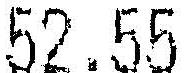
52.55